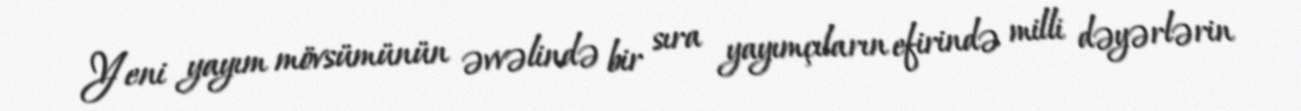
Yeni yayım mövsümünün əvvəlində bir sıra yayımçıların efirində milli dəyərlərin